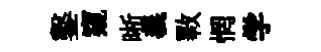
鑿窺晰義斁惘学